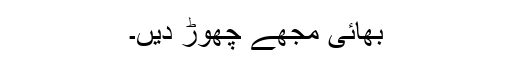
بھائی مجھے چھوڑ دیں۔